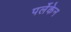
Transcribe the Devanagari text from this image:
पर्लेकेन